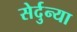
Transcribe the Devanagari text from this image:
सेर्दुन्या